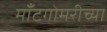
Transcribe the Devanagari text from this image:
मॉँटगोमरीच्या